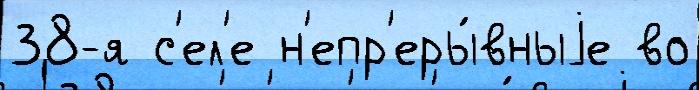
38-я с'ел'е н'епр'еры́вныjе во